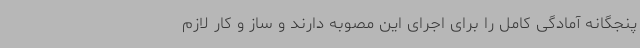
پنجگانه آمادگی کامل را برای اجرای این مصوبه دارند و ساز و کار لازم